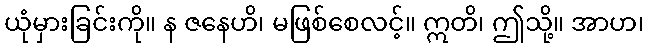
ယုံမှားခြင်းကို။ န ဇနေဟိ၊ မဖြစ်စေလင့်။ ဣတိ၊ ဤသို့။ အာဟ၊